Civil Veterinary Dept. Bombay admin report 1907-1913 - 1907-1913
Year: 1907
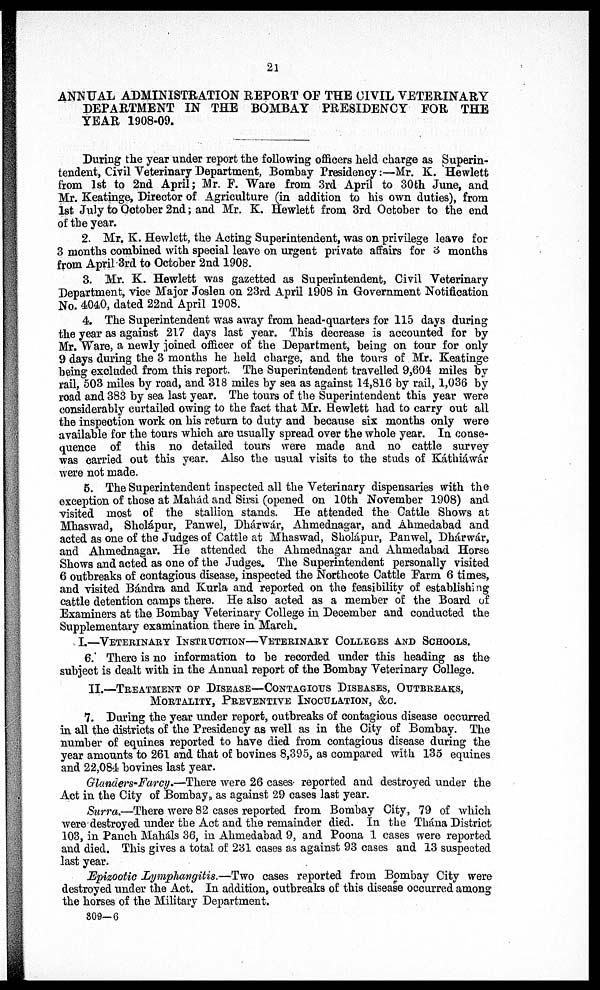
21
ANNUAL ADMINISTRATION REPORT OF THE CIVIL VETERINARY
DEPARTMENT IN THE BOMBAY PRESIDENCY FOR THE
YEAR 1908-09.
During the year under report the following officers held charge as Superin¬
tendent, Civil Veterinary Department, Bombay Presidency:—Mr. K. Hewlett
from 1st to 2nd April; Mr. F. Ware from 3rd April to 30 th June, and
Mr. Keatinge, Director of Agriculture (in addition to his own duties), from
1st July to October 2nd; and Mr. K. Hewlett from 3rd October to the end
of the year.
2. Mr. K. Hewlett, the Acting Superintendent, was on privilege leave for
3 months combined with special leave on urgent private affairs for 3 months
from April 3rd to October 2nd 1908.
3. Mr. K. Hewlett was gazetted as Superintendent, Civil Veterinary
Department, vice Major Joslen on 23rd April 1908 in Government Notification
No. 4040, dated 22nd April 1908.
4. The Superintendent was away from head-quarters for 115 days during
the year as against 217 days last year. This decrease is accounted for by
Mr. Ware, a newly joined officer of the Department, being on tour for only
9 days during the 3 months he held charge, and the tours of Mr. Keatinge
being excluded from this report. The Superintendent travelled 9,604 miles by
rail, 503 miles by road, and 318 miles by sea as against 14,816 by rail, 1,036 by
road and 383 by sea last year. The tours of the Superintendent this year were
considerably curtailed owing to the fact that Mr. Hewlett had to carry out all
the inspection work on his return to duty and because six months only were
available for the tours which are usually spread over the whole year. In conse
¬quence of this no detailed tours were made and no cattle survey
was carried out this year. Also the usual visits to the studs of Káthiáwár
were not made.
5. The Superintendent inspected all the Veterinary dispensaries with the
exception of those at Mahad and Sirsi (opened on 10th November 1908) and
visited most of the stallion stands. He attended the Cattle Shows at
Mhaswad, Sholápur, Panwel, Dhárwár, Ahmednagar, and Ahmedabad and
acted as one of the Judges of Cattle at Mhaswad, Sholápur, Panwel, Dhárwár,
and Ahmednagar. He attended the Ahmednagar and Ahmedabad Horse
Shows and acted as one of the Judges. The Superintendent personally visited
6 outbreaks of contagious disease, inspected the Northcote Cattle Farm 6 times,
and visited Bándra and Kurla and reported on the feasibility of establishing
cattle detention camps there. He also acted as a member of the Board of
Examiners at the Bombay Veterinary College in December and conducted the
Supplementary examination there in March.
I.—VETERINARY INSTRUCTION—VETERINARY COLLEGES AND SCHOOLS.
6. There is no information to be recorded under this heading as the
subject is dealt with in the Annual report of the Bombay Veterinary College.
II,—TREATMENT OF DISEASE—CONTAGIOUS DISEASES, OUTBREAKS,
MORTALITY, PREVENTIVE INOCULATION, &C.
7. During the year under report, outbreaks of contagious disease occurred
in all the districts of the Presidency as well as in the City of Bombay. The
number of equines reported to have died from contagious disease during the
year amounts to 261 and that of bovines 8,395, as compared with 135 equines
and 22,084 bovines last year.
Glanders-Farcy.—There were 26 cases reported and destroyed under the
Act in the City of Bombays, as against 29 cases last year.
Surra,—There were 82 cases reported from Bombay City, 79 of which
were destroyed under the Act and the remainder died. In the Thána District
103, in Panch Maháls 36, in Ahmedabad 9, and Poona 1 cases were reported
and died. This gives a total of 231 cases as against 93 cases and 13 suspected
last year.
Epizootic Lymphangitis.—Two cases reported from Bombay City were
destroyed under the Act. In addition, outbreaks of this disease occurred among
the horses of the Military Department.
309—6